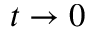
t \to 0